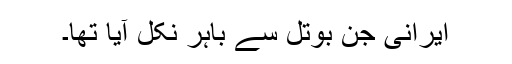
ایرانی جِن بوتل سے باہر نکل آیا تھا۔